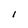
Character: l